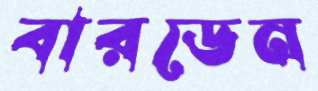
বারডেন